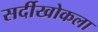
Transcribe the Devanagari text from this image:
सर्दीखोकला